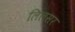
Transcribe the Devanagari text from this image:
लिलसर